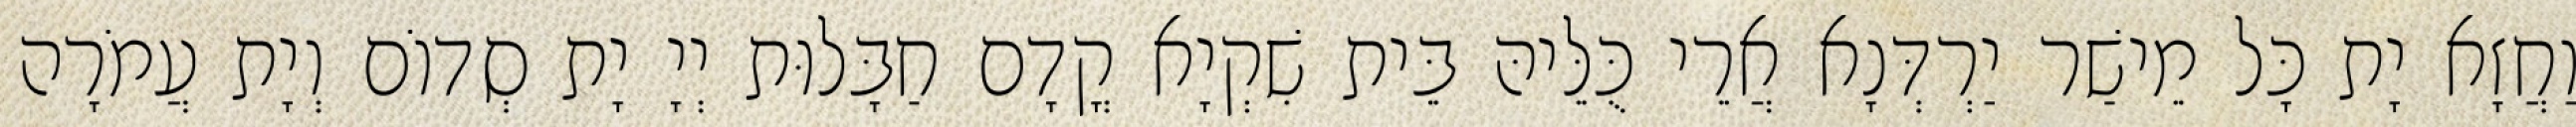
וַחֲזָא יָת כָּל מֵישַׁר יַרְדְּנָא אֲרֵי כֻּלֵּיהּ בֵּית שִׁקְיָא קֳדָם חַבָּלוּת יְיָ יָת סְדוֹם וְיָת עֲמֹרָה